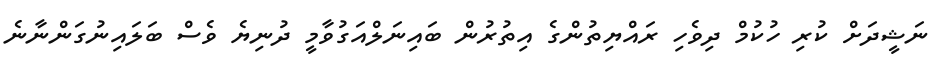
ނަޝީދަށް ކުރި ހުކުމް ދިވެހި ރައްޔިތުންގެ އިތުރުން ބައިނަލްއަގުވާމީ ދުނިޔެ ވެސް ބަލައިނުގަންނާނެ